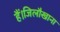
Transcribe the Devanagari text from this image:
हैं।जिलौखाना